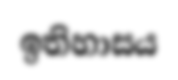
ඉතිහාසය